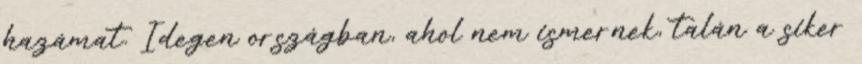
hazámat. Idegen országban, ahol nem ismernek, talán a siker